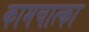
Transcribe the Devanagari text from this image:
कामचात्का